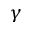
\gamma